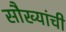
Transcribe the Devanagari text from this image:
सौख्यांची